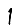
Digit: 1